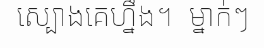
ស្បោងគេហ្នឹង។  ម្នាក់ៗ